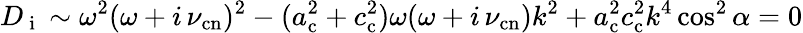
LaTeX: D_{\mathrm{~i~}}\sim\omega^{2}(\omega+i\, \nu_{\mathrm{cn}})^{2}-(a_{\mathrm{c}}^{2}+c_{\mathrm{c}}^{2})\omega(\omega+i\, \nu_{\mathrm{cn}})k^{2}+a_{\mathrm{c}}^{2}c_{\mathrm{c}}^{2}k^{4}\cos^{2}\alpha=0